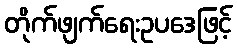
တိုက်ဖျက်ရေးဥပဒေဖြင့်